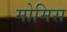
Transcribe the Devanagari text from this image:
मोमिस